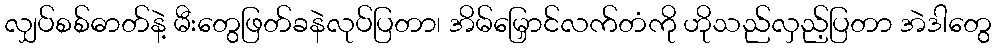
လျှပ်စစ်ဓာတ်နဲ့ မီးတွေဖြတ်ခနဲလုပ်ပြတာ၊ အိမ်မြှောင်လက်တံကို ဟိုသည်လှည့်ပြတာ အဲဒါတွေ